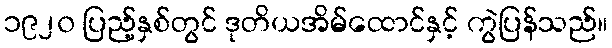
၁၉၂၀ ပြည့်နှစ်တွင် ဒုတိယအိမ်ထောင်နှင့် ကွဲပြန်သည်။